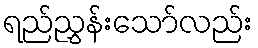
ရည်ညွှန်းသော်လည်း